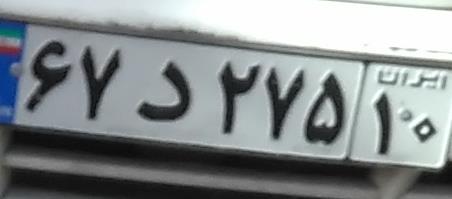
۶۷د۲۷۵۱۰